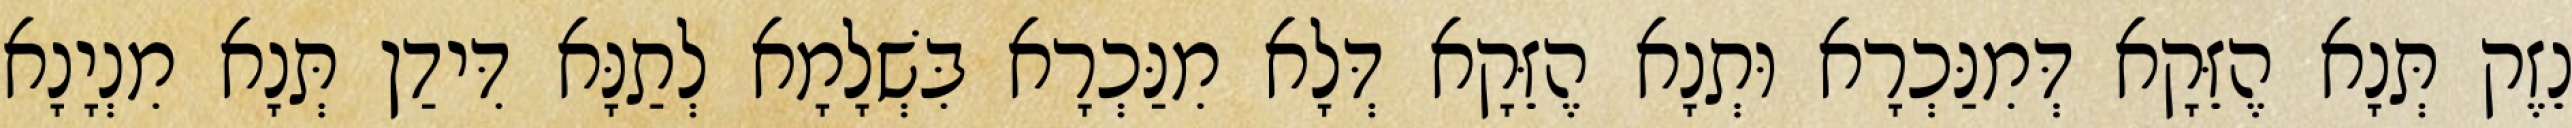
נֵזֶק תְּנָא הֶזֵּקָא דְּמִנַּכְרָא וּתְנָא הֶזֵּקָא דְּלָא מִנַּכְרָא בִּשְׁלָמָא לְתַנָּא דִּידַן תְּנָא מִנְיָנָא